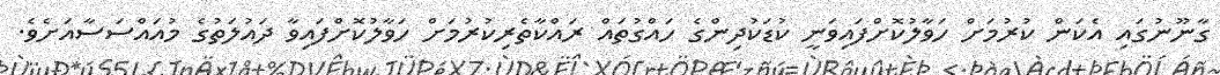
ގާނޫނުގައި އެކަން ކުރުމަށް ހަވާލުކޮށްފައިވަނީ ކުޑަކުދިންގެ ހައްގުތައް ރައްކާތެރިކުރުމަށް ހަވާލުކޮށްފައިވާ ދައުލަތުގެ މުއައްސަސާއަށެވެ.